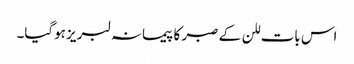
اس بات للن کے صبر کا پیمانہ لبریز ہوگیا۔